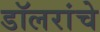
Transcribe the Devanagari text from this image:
डॉलरांचे